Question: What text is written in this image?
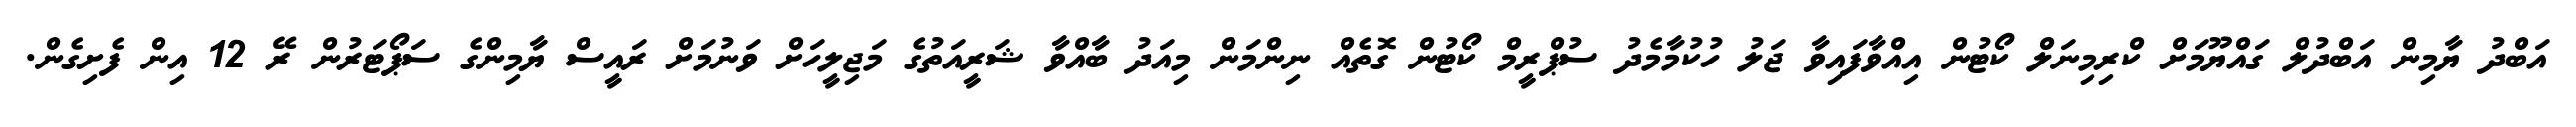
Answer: އަބްދު ޔާމިން އަބްދުލް ގައްޔޫމަށް ކްރިމިނަލް ކޯޓުން އިއްވާފައިވާ ޖަލު ހުކުމާމެދު ސުޕްރީމް ކޯޓުން ގޮތެއް ނިންމަން މިއަދު ބާއްވާ ޝަރީއަތުގެ މަޖިލީހަށް ވަނުމަށް ރައީސް ޔާމިންގެ ސަޕޯޓަރުން ރޭ 12 އިން ފެށިގެން.